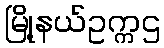
မြို့နယ်ဥက္ကဌ